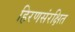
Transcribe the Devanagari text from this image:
हिरणसंरक्षित